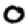
Digit: 0